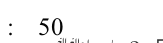
:  50